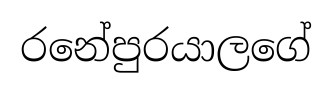
රනේපුරයාලගේ